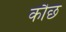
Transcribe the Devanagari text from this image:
कौछ